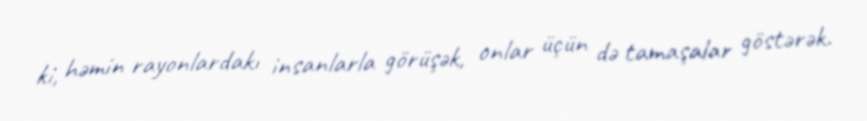
ki, həmin rayonlardakı insanlarla görüşək, onlar üçün də tamaşalar göstərək.